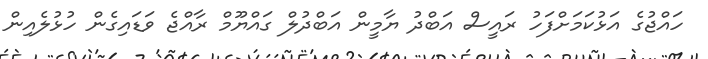
ހައްޖުގެ އަޅުކަމަށްފަހު ރައީސް އަބްދު ޔާމީން އަބްދުލް ގައްޔޫމް ރާއްޖެ ވަޑައިގެން ހުޅުލެއިން